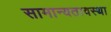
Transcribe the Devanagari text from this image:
सामान्यतावस्था